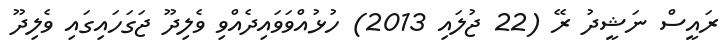
ރައީސް ނަޝީދު ރޭ (22 ޖުލައި 2013) ހުޅުއްވަވައިދެއްވި ވެލިދޫ ޖަގަހައިގައި ވެލިދޫ